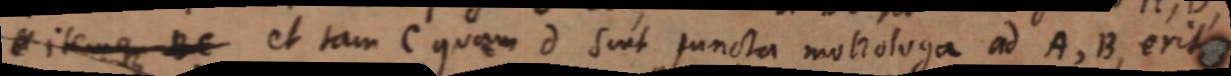
_ itemque BC et tam C quam d sint puncta monologa ad A, B, erit